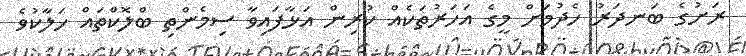
ރަށުގެ ބަނދަރު ހެދުމަށް މީގެ އަހަރުތަކެއް ކުރިން އަޅާފައިވާ ސިމެންތި ބްލޮކްތައް ހަލާކުވެ